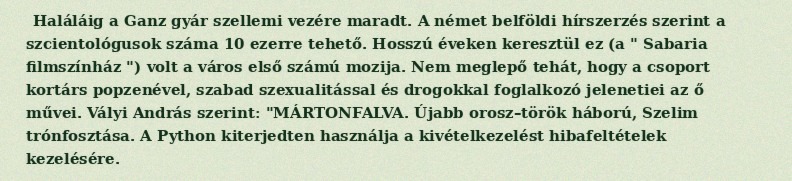
Haláláig a Ganz gyár szellemi vezére maradt. A német belföldi hírszerzés szerint a szcientológusok száma 10 ezerre tehető. Hosszú éveken keresztül ez (a " Sabaria filmszínház ") volt a város első számú mozija. Nem meglepő tehát, hogy a csoport kortárs popzenével, szabad szexualitással és drogokkal foglalkozó jelenetiei az ő művei. Vályi András szerint: "MÁRTONFALVA. Újabb orosz–török háború, Szelim trónfosztása. A Python kiterjedten használja a kivételkezelést hibafeltételek kezelésére.